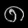
Digit: ၈